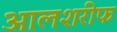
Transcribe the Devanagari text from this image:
आलशरीफ